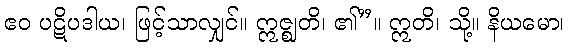
ဧဝ ပဋိပဒါယ၊ ဖြင့်သာလျှင်။ ဣဇ္ဈတိ၊ ၏”။ ဣတိ၊ သို့။ နိယမော၊